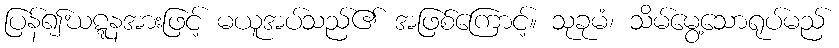
ပြန်၍ဃဋ္ဋနအားဖြင့် မယူအပ်သည်၏ အဖြစ်ကြောင့်။ သုခုမံ၊ သိမ်မွေ့သောရုပ်မည်